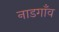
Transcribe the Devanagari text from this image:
नाडगाँव